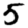
Digit: 5